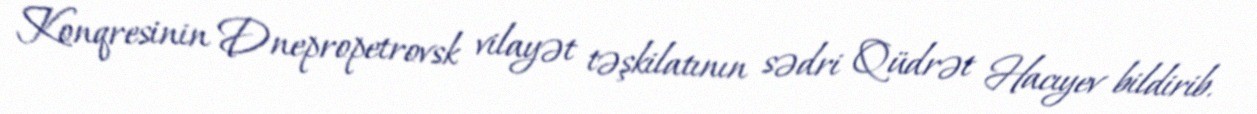
Konqresinin Dnepropetrovsk vilayət təşkilatının sədri Qüdrət Hacıyev bildirib.